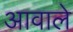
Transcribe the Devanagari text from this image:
आवाले